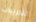
التدريبات